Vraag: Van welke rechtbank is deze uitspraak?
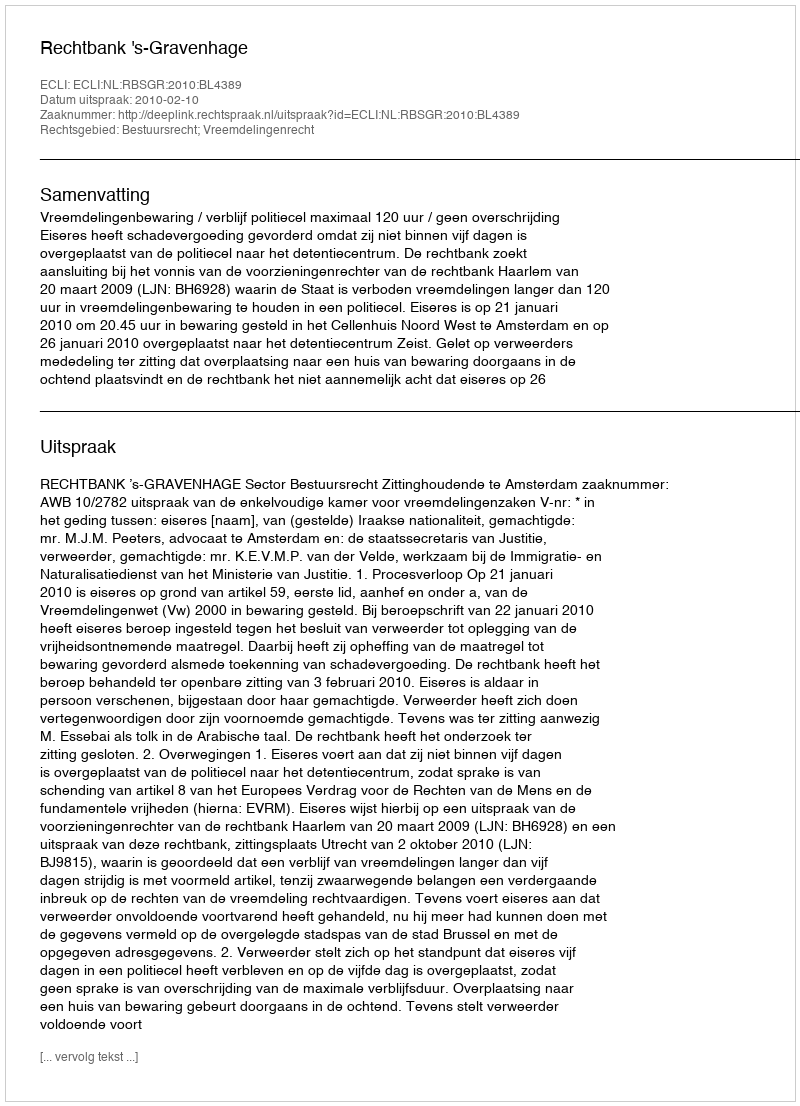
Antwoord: Rechtbank 's-Gravenhage